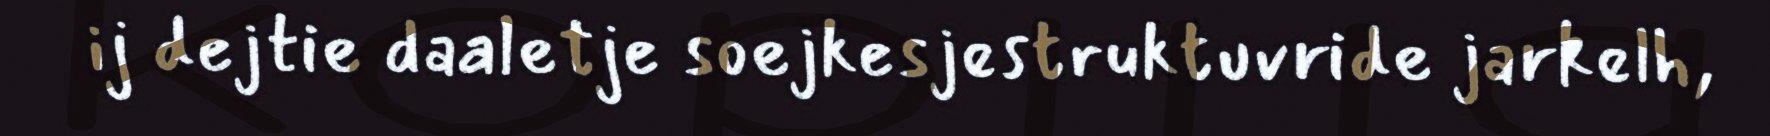
ij dejtie daaletje soejkesjestruktuvride jarkelh,